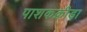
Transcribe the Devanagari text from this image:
पाशकक्रीडा